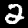
Digit: 2